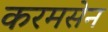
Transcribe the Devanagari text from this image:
करमसेन